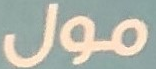
مول